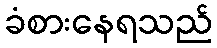
ခံစားနေရသည်